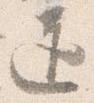
道